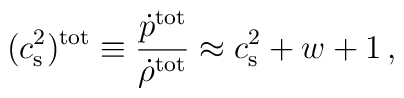
(c_{\rm s}^2)^{\rm tot}\equiv {\dot{p}^{\rm tot} \over\dot{\rho}^{\rm tot}} \approx c_{\rm s}^2+w+1\,,